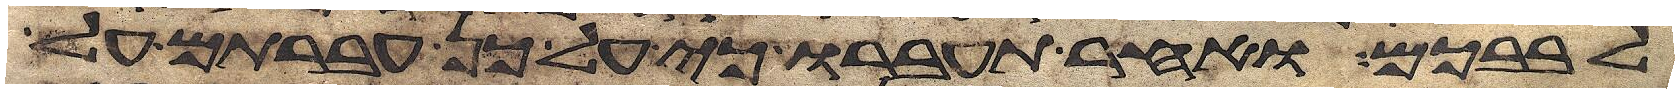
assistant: לבבכם ואחר תעברו כי על כן עברתם על